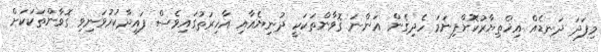
މިފަދަ ދަނޑެއް އިޚްތިޔާރުކޮށްފިނަމަ ހެދިގެން އަންނަ ގޮވާންތަކަކީ ދުނިޔެއާއި އާޚިރަތުގައިވެސް ފައިދާކުރުވަނިވި ގޮވާންތަކަކަށް